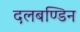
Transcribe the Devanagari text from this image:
दलबण्डिन